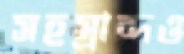
সহস্রাব্দও